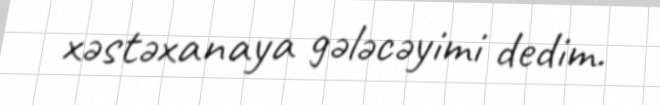
xəstəxanaya gələcəyimi dedim.